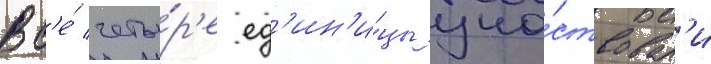
Вс'е́ четы́р'е ед'ин'и́цы уча́ствовал'и